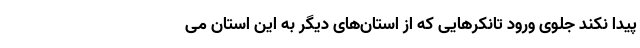
پیدا نکند جلوی ورود تانکرهایی که از استان‌های دیگر به این استان می